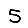
Digit: 5